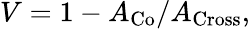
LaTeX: V=1-A_{\mathrm{Co}}/A_{\mathrm{Cross}},